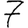
Digit: 7